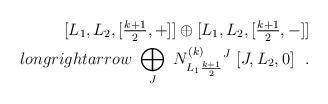
LaTeX: \begin{align*}[L_{1},L_{2},[{\textstyle \frac{k+1}{2}},+]]\oplus[L_{1},L_{2},[{\textstyle \frac{k+1}{2}},-]]\\longrightarrow \ \bigoplus_{J}\ N^{(k)}_{L_{1}\frac{k+1}{2}}{}^{J}\ [J,L_{2},0]\ \ .\end{align*}